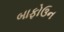
બાફોઉન